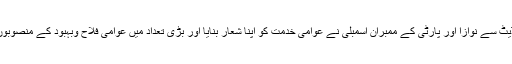
مقررین نے کہا کہ 2013میں عوام نے پشتونخوامیپ کو بھاری مینڈیٹ سے نوازا اور پارٹی کے ممبران اسمبلی نے عوامی خدمت کو اپنا شعار بنایا اور بڑی تعداد میں عوامی فلاح وبہبود کے منصوبوں کی تکمیل کی گئی اور تمام ترقیاتی کام برسرزمین نظر آرہے ہیں ۔